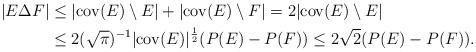
LaTeX: \begin{align*}|E\Delta F|&\le |{\rm cov}(E)\setminus E|+|{\rm cov}(E)\setminus F|= 2 |{\rm cov}(E)\setminus E| \\&\le 2(\sqrt\pi)^{-1}|{\rm cov}(E)|^{\frac 1 2 }(P(E)- P(F)) \leq 2\sqrt{2}(P(E)- P(F)).\end{align*}